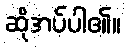
ဆိုအပ်ပါ၏။